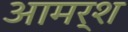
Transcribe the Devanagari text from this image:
आमर्श